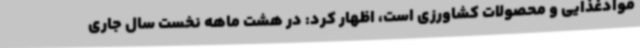
موادغذایی و محصولات کشاورزی است، اظهار کرد: در هشت ماهه نخست سال جاری